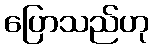
ပြောသည်ဟု